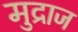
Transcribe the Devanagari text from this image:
मुद्राज